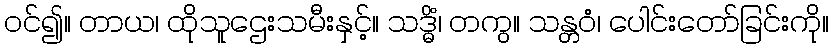
ဝင်၍။ တာယ၊ ထိုသူဌေးသမီးနှင့်။ သဒ္ဓိံ၊ တကွ။ သန္တဝံ၊ ပေါင်းတော်ခြင်းကို။